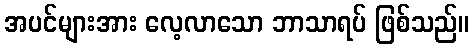
အပင်များအား လေ့လာသော ဘာသာရပ် ဖြစ်သည်။